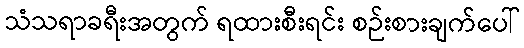
သံသရာခရီးအတွက် ရထားစီးရင်း စဉ်းစားချက်ပေါ်